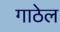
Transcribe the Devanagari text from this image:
गाठेल